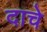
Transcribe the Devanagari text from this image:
दाचे